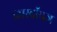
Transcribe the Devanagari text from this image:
कारबॉयज